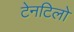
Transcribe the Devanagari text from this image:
टेनटिलो